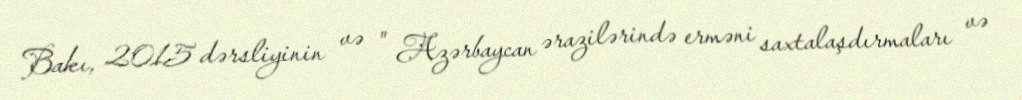
Bakı, 2015 dərsliyinin və " Azərbaycan ərazilərində erməni saxtalaşdırmaları və